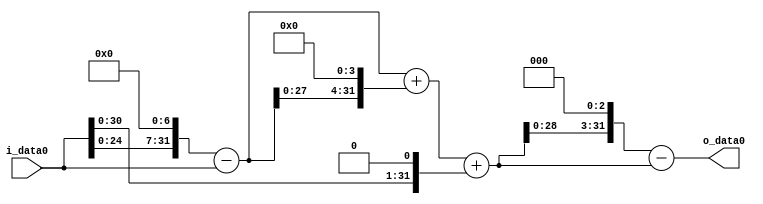
module multiplier_block (
    i_data0,
    o_data0
);

  // Port mode declarations:
  input   [31:0] i_data0;
  output  [31:0]
    o_data0;

  //Multipliers:

  wire [31:0]
    w1,
    w128,
    w127,
    w2032,
    w2159,
    w2,
    w2161,
    w17288,
    w15127;

  assign w1 = i_data0;
  assign w127 = w128 - w1;
  assign w128 = w1 << 7;
  assign w15127 = w17288 - w2161;
  assign w17288 = w2161 << 3;
  assign w2 = w1 << 1;
  assign w2032 = w127 << 4;
  assign w2159 = w127 + w2032;
  assign w2161 = w2159 + w2;

  assign o_data0 = w15127;

  //multiplier_block area estimate = 7138.45439620441;
endmodule